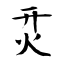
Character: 烎